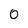
Character: 0